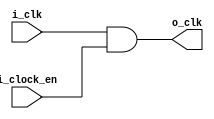
`timescale 1ns / 1ps

module clock_gating_model(
    input       i_clk,	        // 100MHz clock
    input       i_clock_en, 	// clock providing during HIGH
    output      o_clk);

    assign o_clk = i_clk & i_clock_en;	// clock AND gating

endmodule